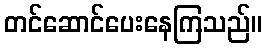
တင်ဆောင်ပေးနေကြသည်။